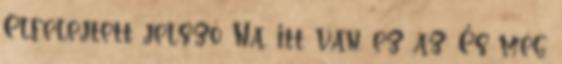
Elfelejtett jelszó Na, itt van, ez az: És még